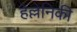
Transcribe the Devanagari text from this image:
हेल्लेनिकी